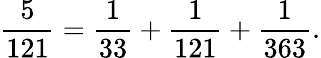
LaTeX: {\frac{5}{121}}={\frac{1}{33}}+{\frac{1}{121}}+{\frac{1}{363}}.